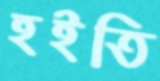
হইতি